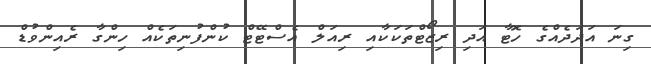
ގިނަ އަދަދެއްގެ ހޮޓާ އަދި ރިޒޯޓްތަކަކާއި ރިއަލް އެސްޓޭޓް ކުންފުނިތަކެއް ހިންގާ ރެއިންވުޑް